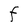
Character: F